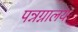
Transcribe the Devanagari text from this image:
पन्नग्नालय